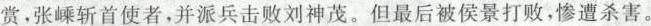
赏，张嵊斩首使者，并派兵击败刘神茂。但最后被侯景打败，惨遭杀害。